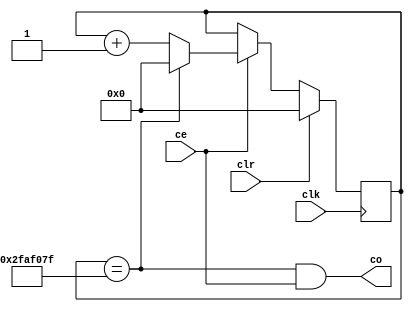
module prescaler_s#(parameter width = 29, parameter modulus = 50000000 )(
    input ce,
    input clk,
    input clr,
    output co
);

reg [width-1:0] count;

always @(posedge clk) begin
    if(clr) begin
        count <= {width{1'b0}};
    end else begin
        if (ce) begin
            if (count == (modulus - 1)) begin
                count <= {width{1'b0}};
            end else begin
                count <= count + 1;
            end
        end
    end
end

assign co = (count == (modulus - 1)) & ce;

endmodule